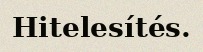
Hitelesítés.